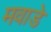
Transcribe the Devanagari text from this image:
मवाडे